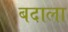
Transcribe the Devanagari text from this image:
बदाला